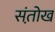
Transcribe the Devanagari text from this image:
संतो़ख